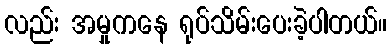
လည်း အမှုကနေ ရုပ်သိမ်းပေးခဲ့ပါတယ်။